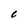
Character: C